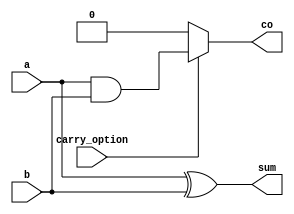
module cl_half_adder(
    input carry_option,
    input a,
    input b,
    output sum,
    output co
);

assign sum = a ^ b;
assign co = carry_option ? a & b : 1'b0;

endmodule